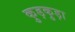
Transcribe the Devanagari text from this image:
कुड़कुड़ा